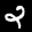
Label: 2